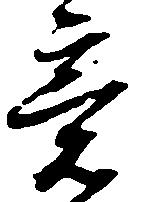
意